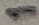
Text: 1